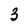
Character: 3